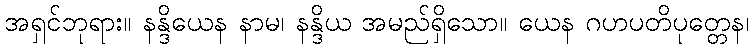
အရှင်ဘုရား။ နန္ဒိယေန နာမ၊ နန္ဒိယ အမည်ရှိသော။ ယေန ဂဟပတိပုတ္တေန၊